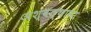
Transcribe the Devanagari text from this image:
अश्‍वत्थामा